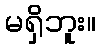
မရှိဘူး။